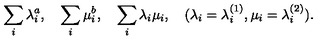
\sum _ { i } \lambda _ { i } ^ { a } , \quad \sum _ { i } \mu _ { i } ^ { b } , \quad \sum _ { i } \lambda _ { i } \mu _ { i } , \quad ( \lambda _ { i } = \lambda _ { i } ^ { ( 1 ) } , \mu _ { i } = \lambda _ { i } ^ { ( 2 ) } ) .